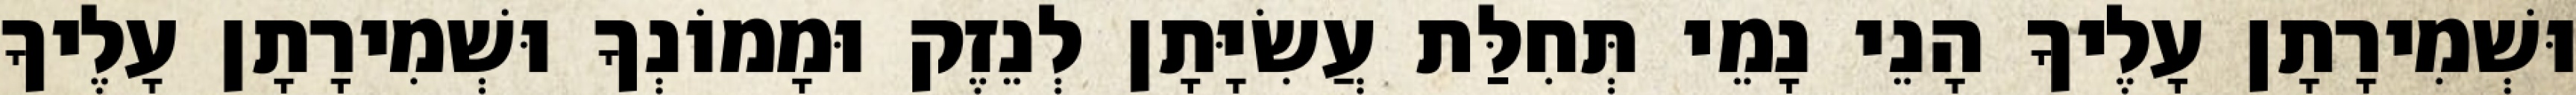
וּשְׁמִירָתָן עָלֶיךָ הָנֵי נָמֵי תְּחִלַּת עֲשִׂיָּתָן לְנֵזֶק וּמָמוֹנְךָ וּשְׁמִירָתָן עָלֶיךָ